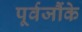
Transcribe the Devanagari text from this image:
पूर्वजौंके